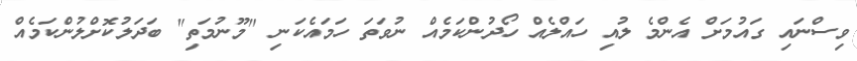
ވިސްނައި ގައުމަށް އެންމެ ލުއި ހައްލެއް ހޯދުންކަމެއް ނުވަތަ ހަމައެކަނި "މޫނުމަތި" ބަދަލުކޮށްލުންކަމެއް